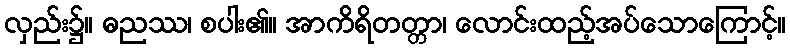
လှည်း၌။ ဓညဿ၊ စပါး၏။ အာကိရိတတ္တာ၊ လောင်းထည့်အပ်သောကြောင့်။